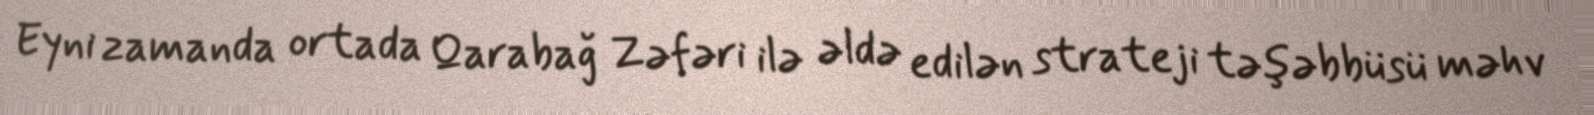
Eyni zamanda ortada Qarabağ Zəfəri ilə əldə edilən strateji təşəbbüsü məhv